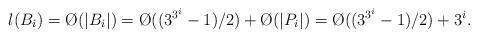
LaTeX: \begin{align*}l(B_i) = \O(|B_i|) = \O((3^{3^i}-1)/2) + \O(|P_i|) = \O((3^{3^i}-1)/2) + 3^i.\end{align*}